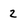
Character: 2